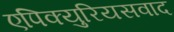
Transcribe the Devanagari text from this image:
एपिक्युरियसवाद